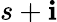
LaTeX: s+\mathbf{i}